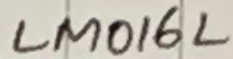
Text: LM016L